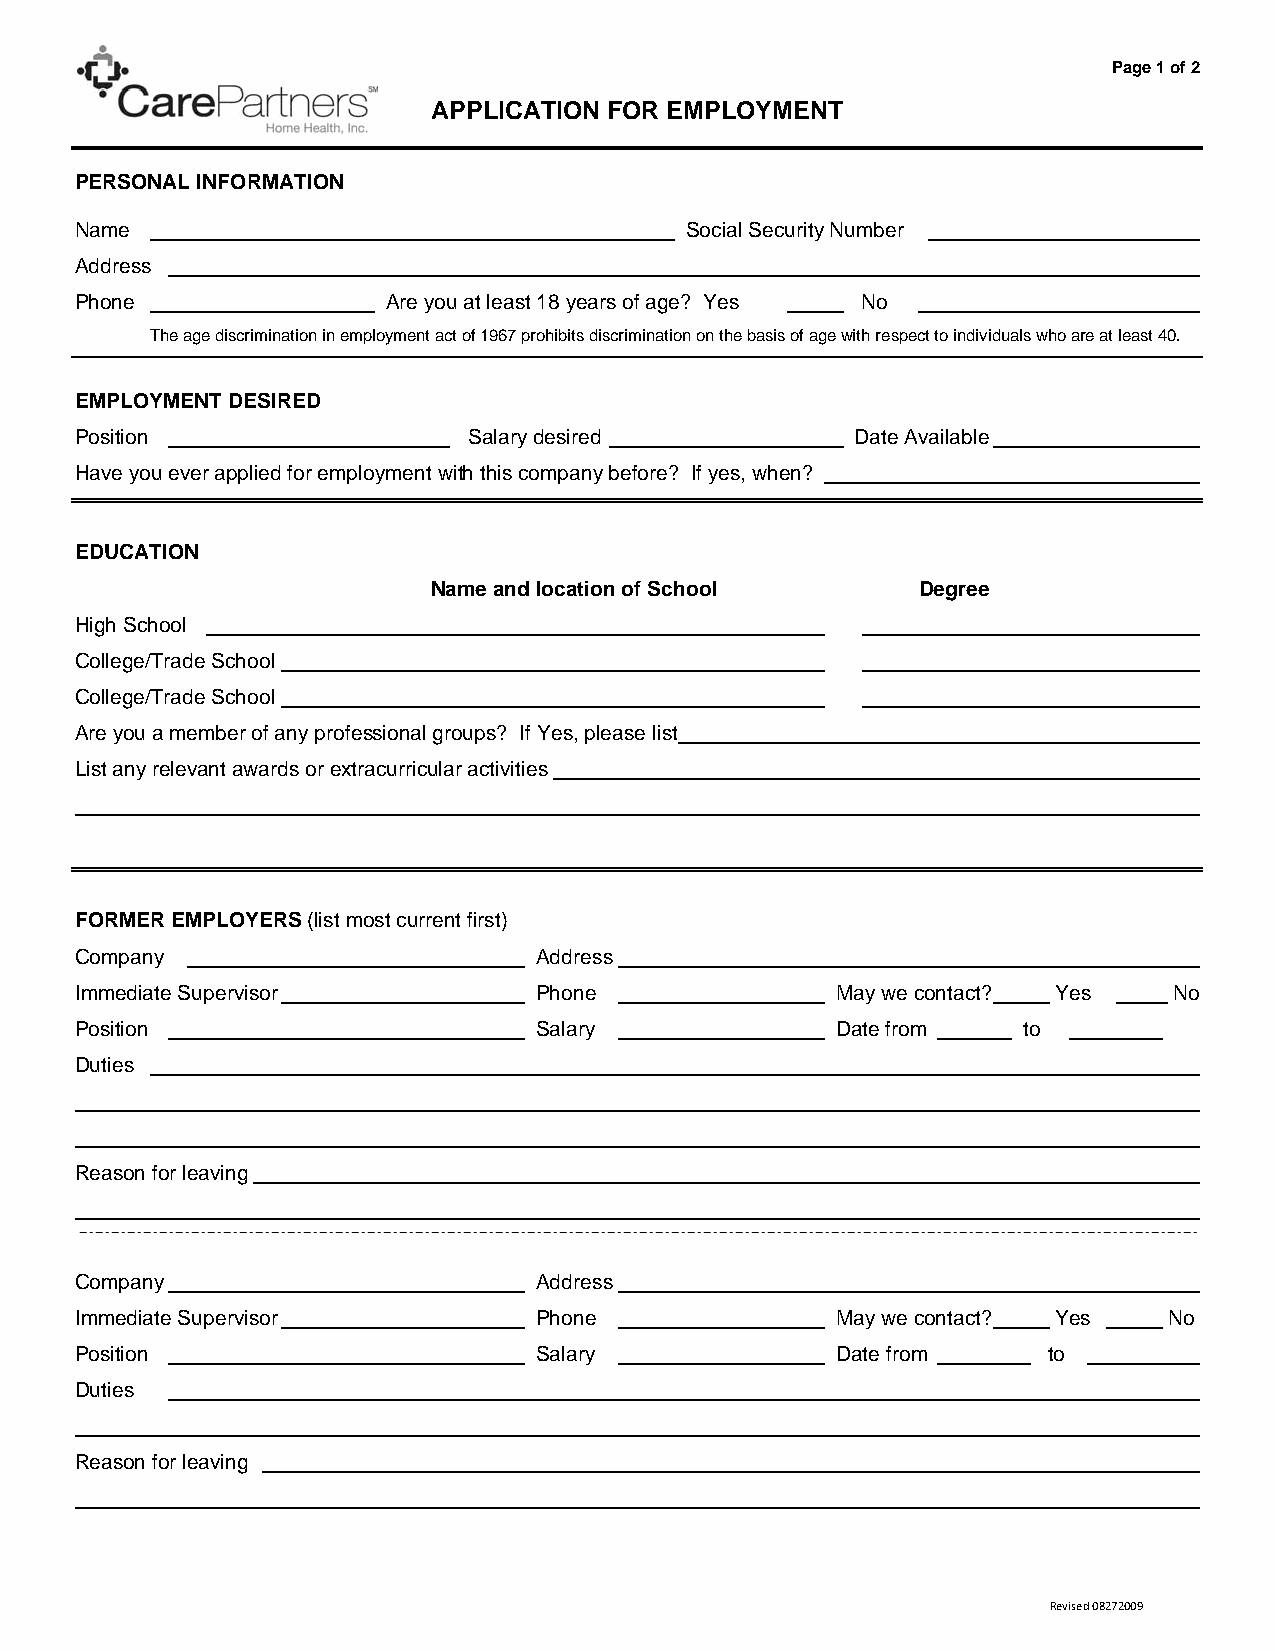
Page 1 of 2
 APPLICATION FOR EMPLOYMENT
 PERSONAL INFORMATION
 Name                                    Social Security Number
 Address
 Phone                Are you at least 18 years of age? Yes No
 The age discrimination in employment act of 1967 prohibits discrimination on the basis of age with respect to individuals who are at least 40.
 EMPLOYMENT DESIRED
 Position                  Salary desired            Date Available
 Have you ever applied for employment with this company before? If yes, when?
 EDUCATION
 Name and location of School     Degree
 High School
 College/Trade School
 College/Trade School
 Are you a member of any professional groups? If Yes, please list
 List any relevant awards or extracurricular activities
 FORMER EMPLOYERS (list most current first)
 Company                        Address
 Immediate Supervisor           Phone              May we contact? Yes    No
 Position                       Salary             Date from    to
 Duties
 Reason for leaving
 Company                        Address
 Immediate Supervisor           Phone              May we contact? Yes   No
 Position                       Salary             Date from     to
 Duties
 Reason for leaving
 Revised 08272009